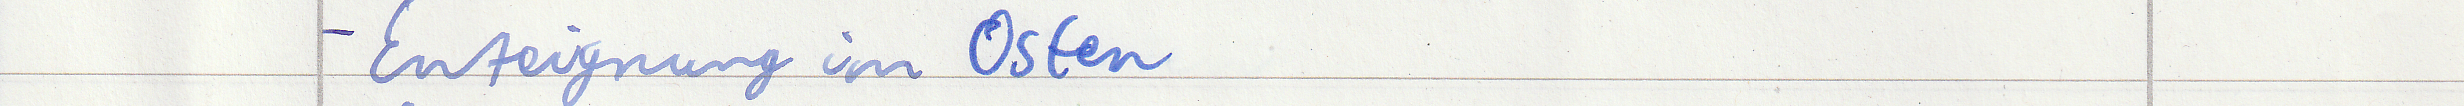
- Enteignung im Osten